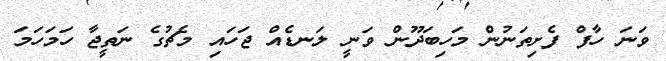
ވަނަ ހާފް ފެށިތަނުން މަހިބަދޫން ވަނީ ލަނޑެއް ޖަހައި މެޗުގެ ނަތީޖާ ހަމަހަމަ